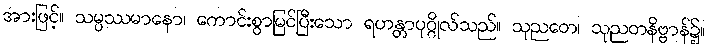
အားဖြင့်။ သမ္ပဿမာနော၊ ကောင်းစွာမြင်ပြီးသော ရဟန္တာပုဂ္ဂိုလ်သည်။ သုညတေ၊ သုညတနိဗ္ဗာန်၌။